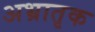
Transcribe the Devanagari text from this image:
अभ्रातृक